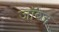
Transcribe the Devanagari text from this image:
जॉब्ज